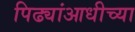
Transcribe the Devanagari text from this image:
पिढ्यांआधीच्या